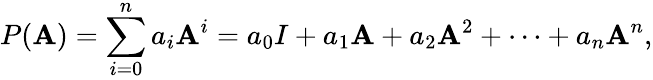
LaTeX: P(\mathbf{A})=\sum_{i=0}^{n}{a_{i}\mathbf{A}^{i}}=a_{0}I+a_{1}\mathbf{A}+a_{2}\mathbf{A}^{2}+\cdots+a_{n}\mathbf{A}^{n},